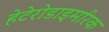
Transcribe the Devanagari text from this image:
हेटेरोडाइमरिक